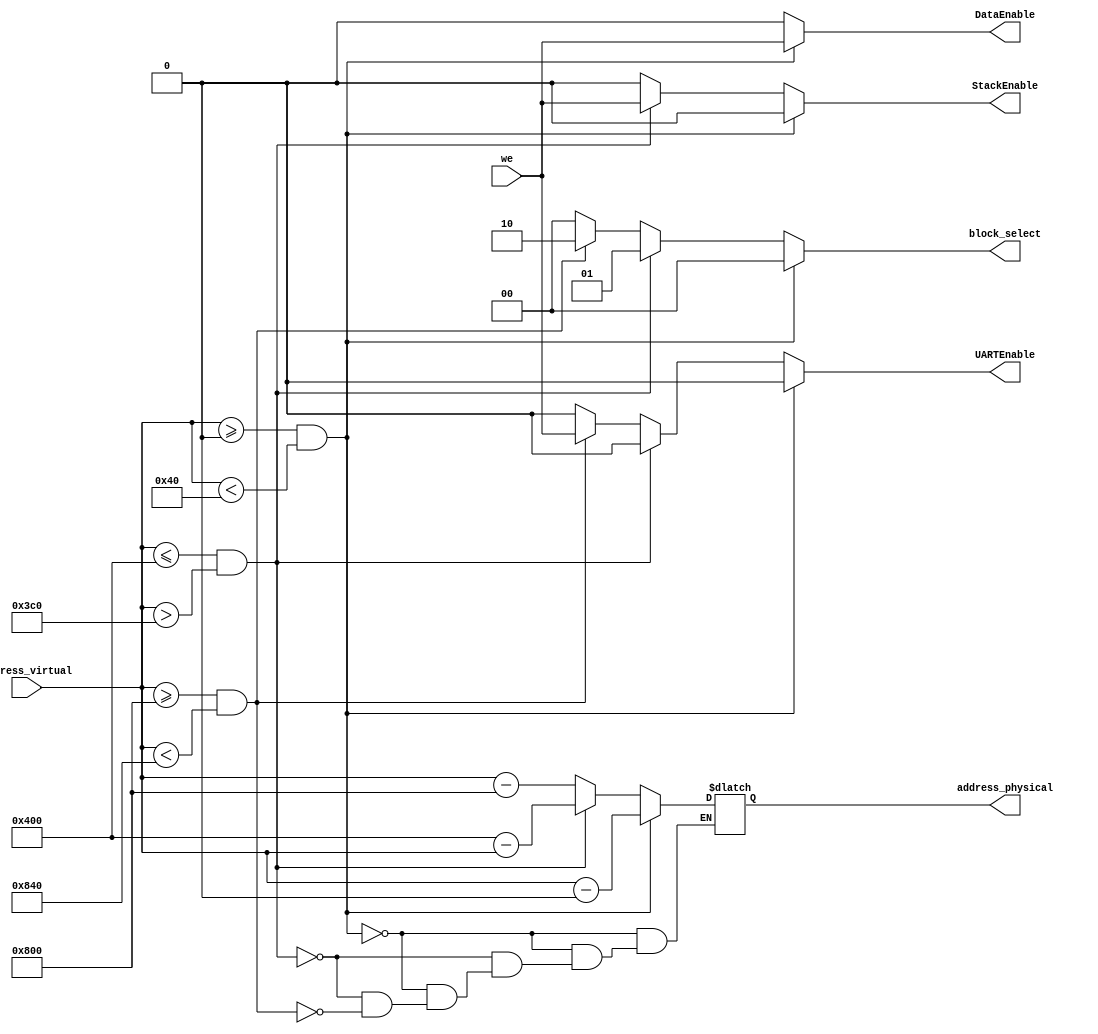
module MMU(
    input wire [15:0] address_virtual,
    input wire we,
    output reg [1:0] block_select,
    output reg [15:0] address_physical,
    output reg DataEnable,
    output reg StackEnable,
    output reg UARTEnable
);
// Definicin de direcciones virtuales
parameter DATA_ADDRESS = 16'h0000;
parameter STACK_ADDRESS = 16'h0400;
parameter UART_ADDRESS = 16'h0800;
// Definicin de tamao de bloque (32 registros de 32 bits)
parameter BLOCK_SIZE = 64;
// Mapeo de direcciones virtuales a bloques de datos
always @(*) begin
 block_select = 2'b00;
 DataEnable = 0;
 StackEnable = 0;
 UARTEnable = 0;

 if (address_virtual >= DATA_ADDRESS && address_virtual < DATA_ADDRESS + BLOCK_SIZE) begin
    // Acceso al bloque .data
    block_select = 2'b00;
    address_physical = address_virtual - DATA_ADDRESS;
    DataEnable = we;
 end else if (address_virtual <= STACK_ADDRESS && address_virtual > STACK_ADDRESS - BLOCK_SIZE) begin
    // Acceso al bloque .stack
    block_select = 2'b01;
    address_physical = STACK_ADDRESS - address_virtual;
    StackEnable = we;
 end else if (address_virtual >= UART_ADDRESS && address_virtual < UART_ADDRESS + BLOCK_SIZE) begin
    // Acceso al bloque .UART
    block_select = 2'b10;
    address_physical = address_virtual - UART_ADDRESS;
    UARTEnable = we;
 end
end
endmodule